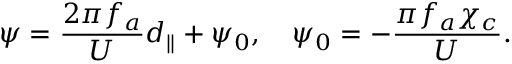
\psi = \frac { 2 \pi f _ { a } } { U } d _ { \parallel } + \psi _ { 0 } , \quad \psi _ { 0 } = - \frac { \pi f _ { a } \chi _ { c } } { U } .